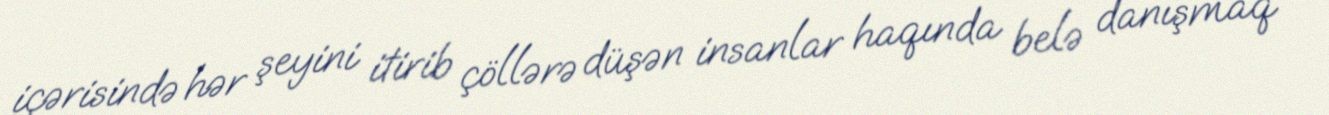
içərisində hər şeyini itirib çöllərə düşən insanlar haqında belə danışmaq